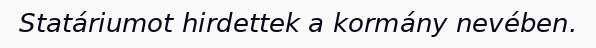
Statáriumot hirdettek a kormány nevében.